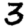
Digit: 3